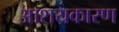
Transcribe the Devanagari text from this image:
आशयकारण